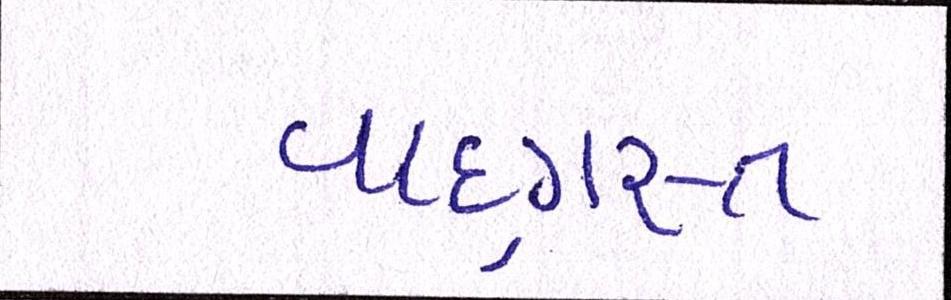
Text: વાદગ્રસ્ત